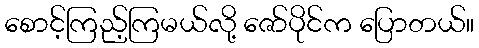
စောင့်ကြည့်ကြမယ်လို့ ဇော်ပိုင်က ပြောတယ်။